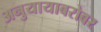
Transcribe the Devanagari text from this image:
अनुयायाबरोबर